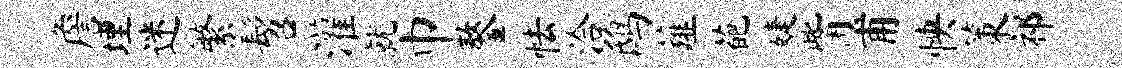
詹埋迷繁髫灌就巾鏊怯洽鸱薤葩婕觜甫怏策祁